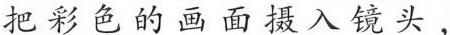
把彩色的画面摄入镜头